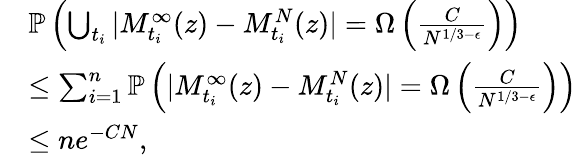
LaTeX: \begin{array}{rl}&{\mathbb{P}\left(\bigcup_{t_{i}}|M_{t_{i}}^{\infty}(z)-M_{t_{i}}^{N}(z)|=\Omega\left(\frac{C}{N^{1/3-\epsilon}}\right)\right)}\\ &{\leq\sum_{i=1}^{n}\mathbb{P}\left(|M_{t_{i}}^{\infty}(z)-M_{t_{i}}^{N}(z)|=\Omega\left(\frac{C}{N^{1/3-\epsilon}}\right)\right)}\\ &{\leq ne^{-CN},}\end{array}